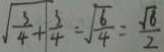
\sqrt { \frac { 3 } { 4 } + \frac { 3 } { 4 } } = \sqrt { \frac { 6 } { 4 } } = \frac { \sqrt { 6 } } { 2 }